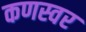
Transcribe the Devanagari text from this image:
कणस्वर